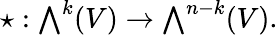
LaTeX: \star:{\textstyle\bigwedge}^{k}(V)\rightarrow{\textstyle\bigwedge}^{n-k}(V).